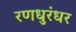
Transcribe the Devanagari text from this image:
रणधुरंधर